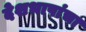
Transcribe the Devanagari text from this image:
देशभाषांचा